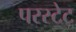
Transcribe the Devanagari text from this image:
परस्टेट